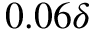
0 . 0 6 \delta